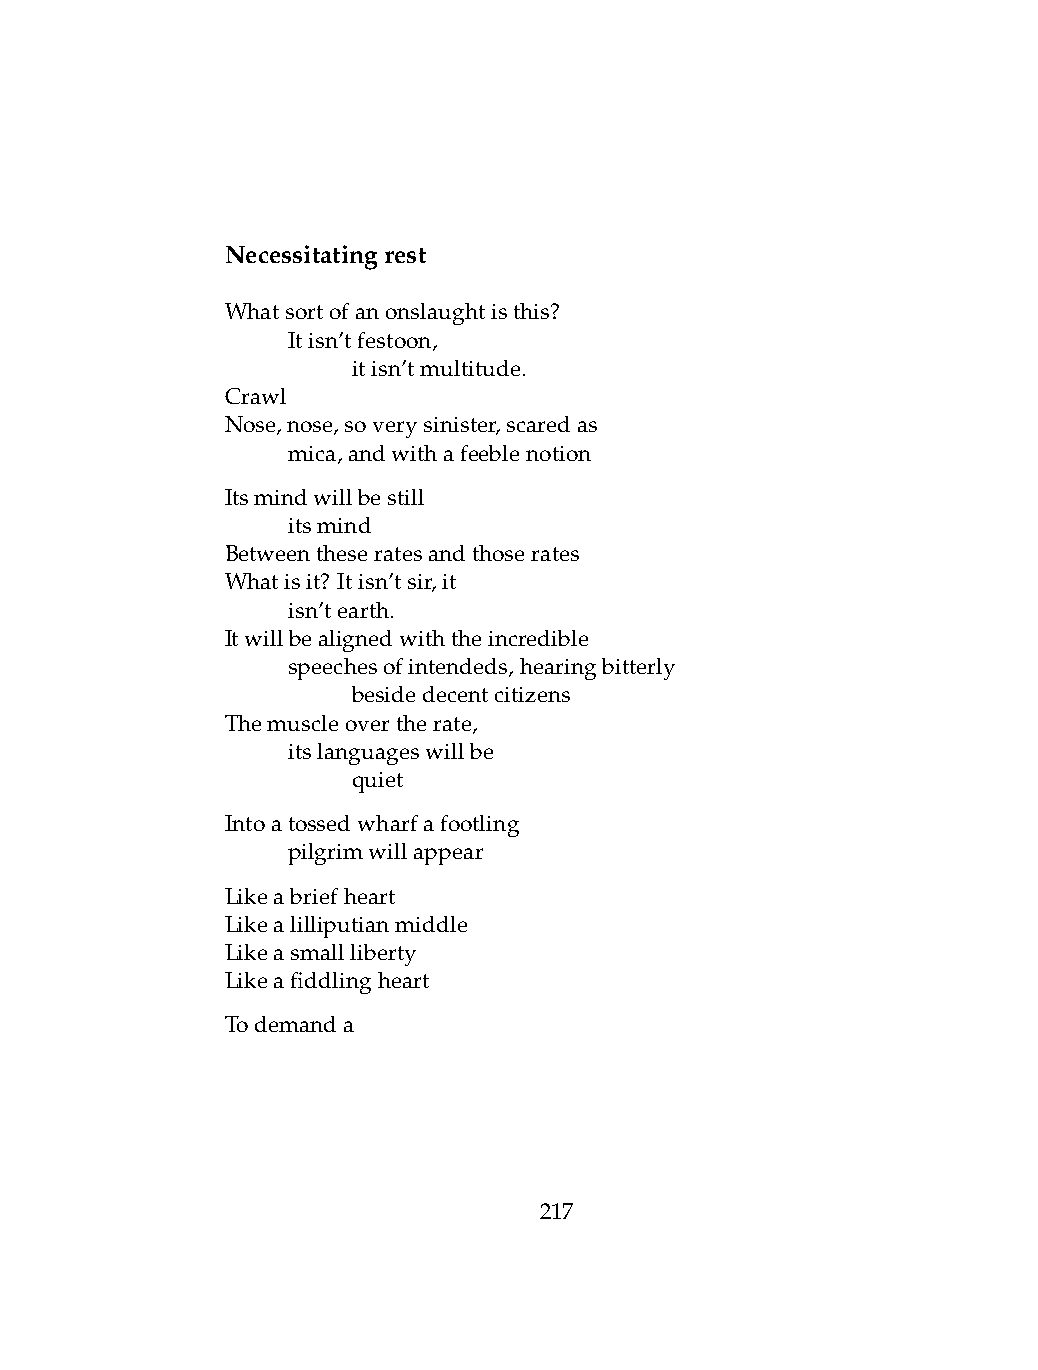
Necessitatingrest
 Whatsortofanonslaughtisthis?
 .   Itisn’tfestoon,
 .   .   itisn’tmultitude.
 Crawl
 Nose,nose,soverysinister,scaredas
 .   mica,andwithafeeblenotion
 Itsmindwillbestill
 .   itsmind
 Betweentheseratesandthoserates
 Whatisit? Itisn’tsir,it
 .   isn’tearth.
 Itwillbealignedwiththeincredible
 .   speechesofintendeds,hearingbitterly
 .   .   besidedecentcitizens
 Themuscleovertherate,
 .   itslanguageswillbe
 .   .   quiet
 Intoatossedwharfafootling
 .   pilgrimwillappear
 Likeabriefheart
 Likealilliputianmiddle
 Likeasmallliberty
 Likeafiddlingheart
 Todemanda
 217